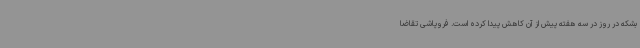
بشکه در روز در سه هفته پیش از آن کاهش پیدا کرده است. فروپاشی تقاضا